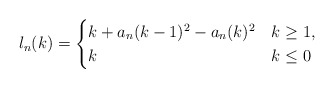
\begin{align*} l_n(k)=\begin{cases} k+a_n(k-1)^2-a_n(k)^2&k\geq 1,\\k&k\leq 0\end{cases}\end{align*}